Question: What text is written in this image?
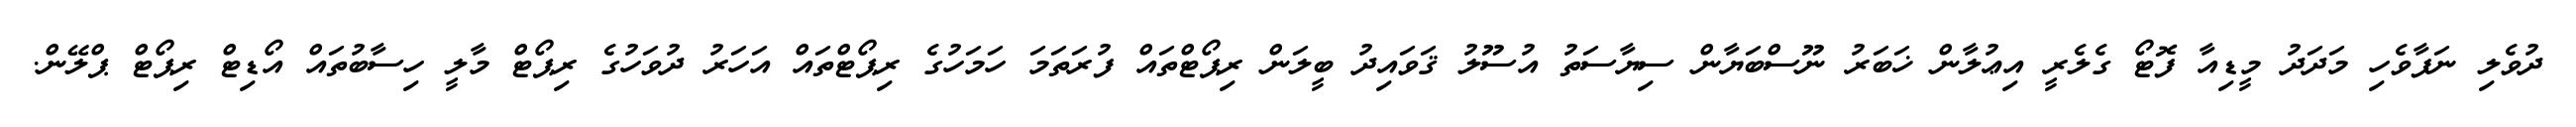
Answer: ދުވެލި ނަފާވެހި މަދަދު މީޑިއާ ފޮޓޯ ގެލެރީ އިޢުލާން ޚަބަރު ނޫސްބަޔާން ސިޔާސަތު އުސޫލު ޤަވައިދު ބީލަން ރިޕޯޓްތައް ފުރަތަމަ ހަމަހުގެ ރިޕޯޓްތައް އަހަރު ދުވަހުގެ ރިޕޯޓް މާލީ ހިސާބުތައް އޯޑިޓް ރިޕޯޓް ޕްލޭން.